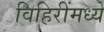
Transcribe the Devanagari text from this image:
विहिरींमध्ये